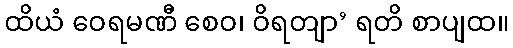
ထိယံ ဝေရမဏီ စေဝ၊ ဝိရတျာ’ ရတိ စာပျထ။